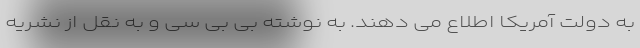
به دولت آمریکا اطلاع می دهند. به نوشته بی بی سی و به نقل از نشریه